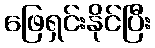
ဖြေရှင်းနိုင်ပြီး